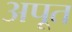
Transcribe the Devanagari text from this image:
अपूत